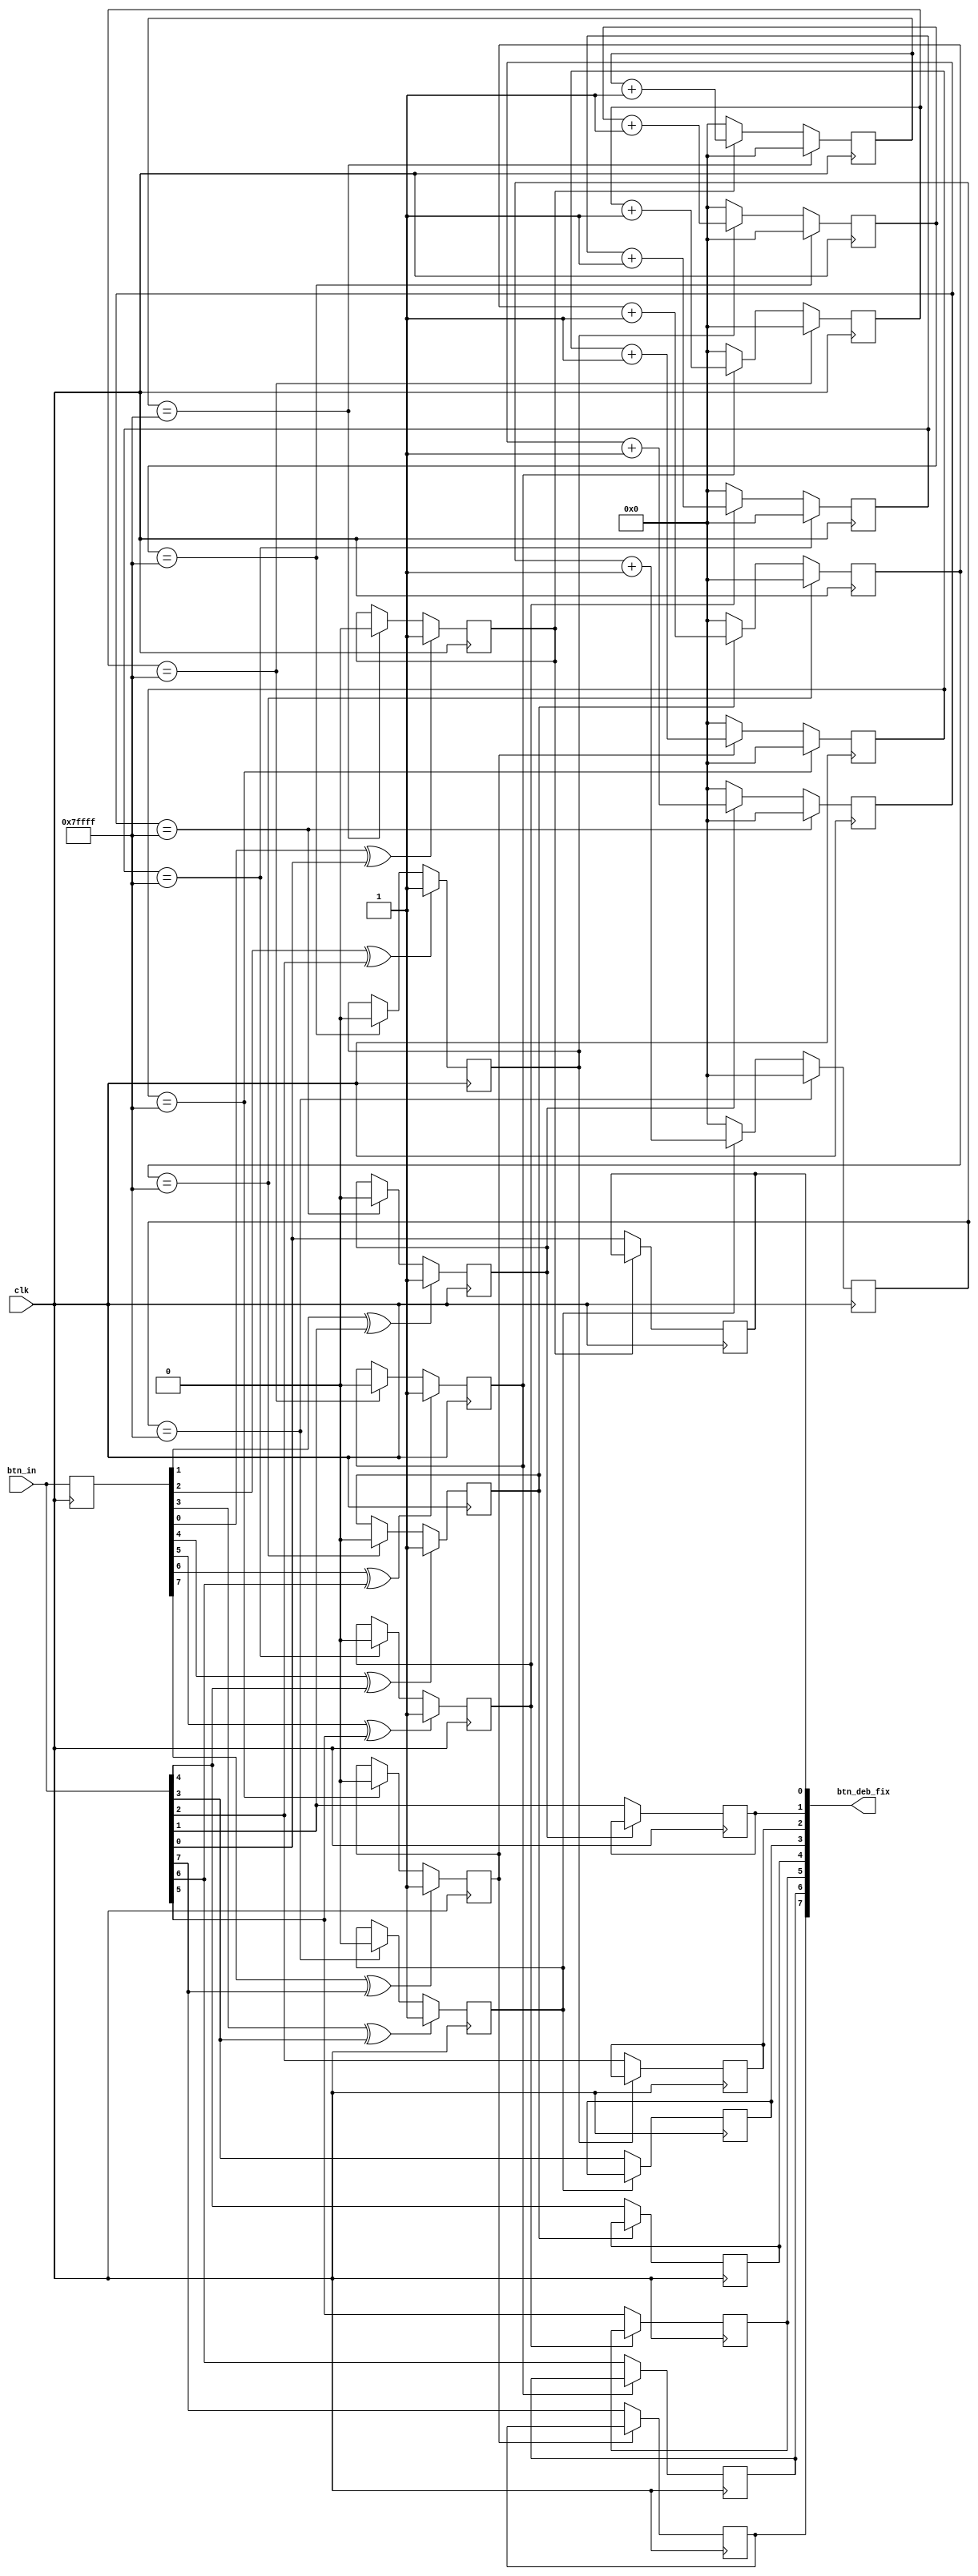
`timescale 1ns / 1ps
//////////////////////////////////////////////////////////////////////////////////
// Company: Myminieye
// 
// Design Name:  
// Module Name:  btn_deb_fix ;
// Project Name: 
// Target Devices: 
// Tool Versions: 
// Description: 
//      
// Dependencies: 
// 
// Revision:
// Revision 0.01 - File Created
// Additional Comments:
// 
//////////////////////////////////////////////////////////////////////////////////

`define UD #1
module btn_deb_fix#(
    parameter        BTN_WIDTH = 4'd8,
    parameter        BTN_DELAY = 20'h7_ffff
)
(
    input                      clk,  //
    input      [BTN_WIDTH-1:0] btn_in,
    
    output reg [BTN_WIDTH-1:0] btn_deb_fix
);

    //16'h3ad43;
    reg [19:0]          cnt[BTN_WIDTH-1:0];
    reg [BTN_WIDTH-1:0] flag;
   
    reg [BTN_WIDTH-1:0] btn_in_reg;

    always @(posedge clk)
    begin
    	btn_in_reg <= `UD btn_in;
    end 

    genvar i;
    generate
        for(i=0;i<BTN_WIDTH;i=i+1)
        begin
            always @(posedge clk)
            begin
            	if (btn_in_reg[i] ^ btn_in[i]) //
            		flag[i] <= `UD 1'b1;
            	else if (cnt[i]==BTN_DELAY)    //10ms-20ms
            		flag[i] <= `UD 1'b0;
                else
                    flag[i] <= `UD flag[i];
            end 
            
            always @(posedge clk)
            begin
            	if(cnt[i]==BTN_DELAY)       //10ms-20ms
            		cnt[i] <= `UD 20'd0;
            	else if(flag[i])            //
            		cnt[i] <= `UD cnt[i] + 1'b1;
            	else                        //0
            		cnt[i] <= `UD 20'd0;
            end 

            always @(posedge clk)
            begin
            	if(flag[i])                 //
            		btn_deb_fix[i] <= `UD btn_deb_fix[i];
            	else                        //
            		btn_deb_fix[i] <= `UD btn_in[i];
            end 
        end
    endgenerate

endmodule